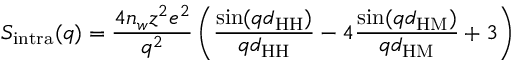
S _ { \mathrm { i n t r a } } ( q ) = \frac { 4 n _ { w } z ^ { 2 } e ^ { 2 } } { q ^ { 2 } } \left( \frac { \sin ( q d _ { \mathrm { H H } } ) } { q d _ { \mathrm { H H } } } - 4 \frac { \sin ( q d _ { \mathrm { H M } } ) } { q d _ { \mathrm { H M } } } + 3 \right)